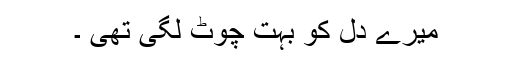
میرے دل کو بہت چوٹ لگی تھی ۔